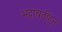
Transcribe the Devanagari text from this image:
भद्रावतीहून